Annual administration report of the Civil Veterinary Department of India - 1901-1902
Year: 1901
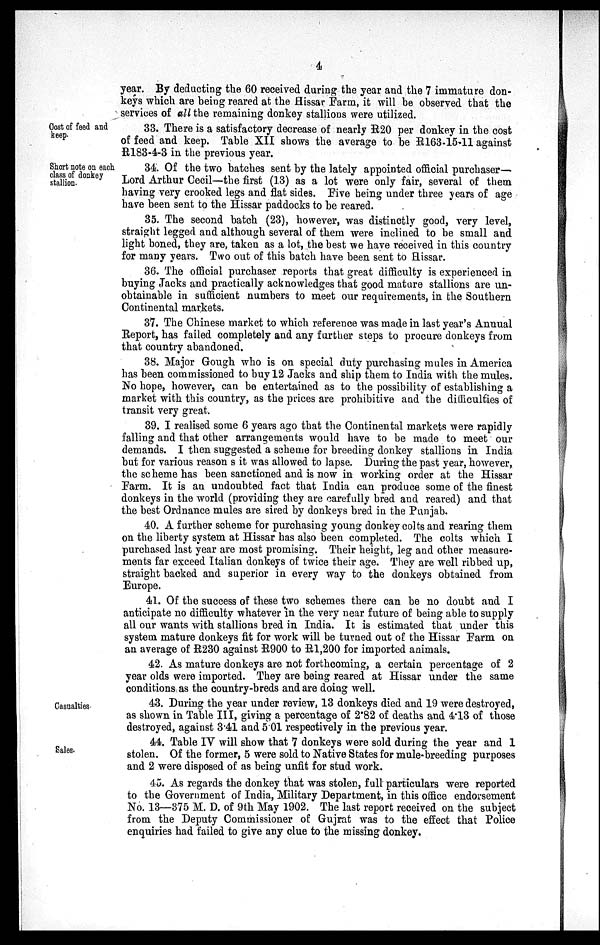
4
year. By deducting the 60 received during the year and the 7 immature don-
keys which are being reared at the Hissar Farm, it will be observed that the
services of all the remaining donkey stallions were utilized.
Cost of feed and
keep.
33. There is a satisfactory decrease of nearly R20 per donkey in the cost
of feed and keep. Table XII shows the average to be R163-15-11 against
R183-4-3 in the previous year.
Short note on each
class of donkey
stallion.
34. Of the two batches sent by the lately appointed official purchaser—
Lord Arthur Cecil—the first (13) as a lot were only fair, several of them
having very crooked legs and flat sides. Five being under three years of age
have been sent to the Hissar paddocks to be reared.
35. The second batch (23), however, was distinctly good, very level,
straight legged and although several of them were inclined to be small and
light boned, they are, taken as a lot, the best we have received in this country
for many years. Two out of this batch have been sent to Hissar.
36. The official purchaser reports that great difficulty is experienced in
buying Jacks and practically acknowledges that good mature stallions are un-
obtainable in sufficient numbers to meet our requirements, in the Southern
Continental markets.
37. The Chinese market to which reference was made in last year's Annual
Report, has failed completely and any further steps to procure donkeys from
that country abandoned.
38. Major Gough who is on special duty purchasing mules in America
has been commissioned to buy 12 Jacks and ship them to India with the mules.
No hope, however, can be entertained as to the possibility of establishing a
market with this country, as the prices are prohibitive and the difficulties of
transit very great.
39. I realised some 6 years ago that the Continental markets were rapidly
falling and that other arrangements would have to be made to meet our
demands. I then suggested a scheme for breeding donkey stallions in India
but for various reason s it was allowed to lapse. During the past year, however,
the scheme has been sanctioned and is now in working order at the Hissar
Farm. It is an undoubted fact that India can produce some of the finest
donkeys in the world (providing they are carefully bred and reared) and that
the best Ordnance mules are sired by donkeys bred in the Punjab.
40. A further scheme for purchasing young donkey colts and rearing them
on the liberty system at Hissar has also been completed. The colts which I
purchased last year are most promising. Their height, leg and other measure-
ments far exceed Italian donkeys of twice their age. They are well ribbed up,
straight backed and superior in every way to the donkeys obtained from
Europe.
41. Of the success of these two schemes there can be no doubt and I
anticipate no difficulty whatever in the very near future of being able to supply
all our wants with stallions bred in India. It is estimated that under this
system mature donkeys fit for work will be turned out of the Hissar Farm on
an average of R230 against R900 to R1,200 for imported animals.
42. As mature donkeys are not forthcoming, a certain percentage of 2
year olds were imported. They are being reared at Hissar under the same
conditions as the country-breds and are doing well.
Casualties.
43. During the year under review, 13 donkeys died and 19 were destroyed,
as shown in Table III, giving a percentage of 2.82 of deaths and 4.13 of those
destroyed, against 3.41 and 5.01 respectively in the previous year.
Sales.
44. Table IV will show that 7 donkeys were sold during the year and 1
stolen. Of the former, 5 were sold to Native States for mule-breeding purposes
and 2 were disposed of as being unfit for stud work.
45. As regards the donkey that was stolen, full particulars were reported
to the Government of India, Military Department, in this office endorsement
No. 13—375 M. D. of 9th May 1902. The last report received on the subject
from the Deputy Commissioner of Gujrat was to the effect that Police
enquiries had failed to give any clue to the missing donkey.